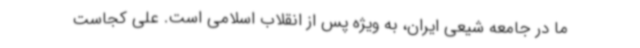
ما در جامعه شیعی ایران، به ویژه پس از انقلاب اسلامی است. علی کجاست